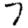
Digit: 7